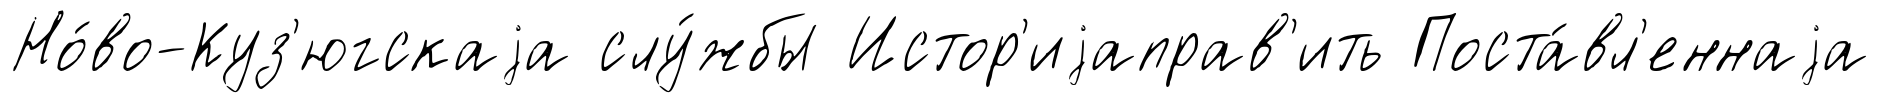
Но́во-Куз'югскаjа слу́жбы Истор'иjаправ'ить Поста́вл'еннаjа